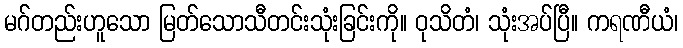
မဂ်တည်းဟူသော မြတ်သောသီတင်းသုံးခြင်းကို။ ဝုသိတံ၊ သုံးအပ်ပြီ။ ကရဏီယံ၊